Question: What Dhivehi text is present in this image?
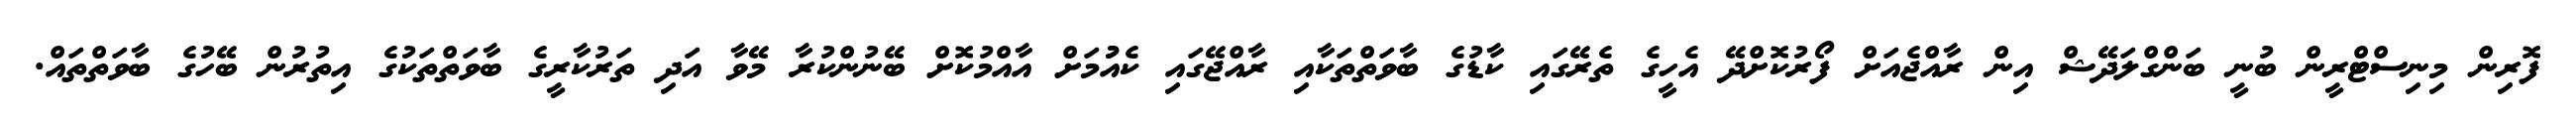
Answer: ފޮރިން މިނިސްޓްރީން ބުނީ ބަންގްލަދޭޝް އިން ރާއްޖެއަށް ފޯރުކޮށްދޭ އެހީގެ ތެރޭގައި ކާޑުގެ ބާވަތްތަކާއި ރާއްޖޭގައި ކެއުުމަށް އާއްމުކޮށް ބޭނުންކުރާ މޭވާ އަދި ތަރުކާރީގެ ބާވަތްތަކުގެ އިތުރުން ބޭހުގެ ބާވަތްތައް.